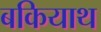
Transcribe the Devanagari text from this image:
बकियाथ